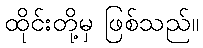
ထိုင်းတို့မှ ဖြစ်သည်။